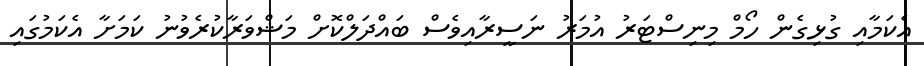
އެކަމާއި ގުޅިގެން ހޯމް މިނިސްޓަރު އުމަރު ނަސީރާއިވެސް ބައްދަލްކޮށް މަޝްވަރާކުރެވުނު ކަމަށާ އެކަމުގައި